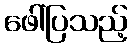
ဖေါ်ပြသည့်